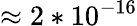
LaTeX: \approx 2*10^{-16}